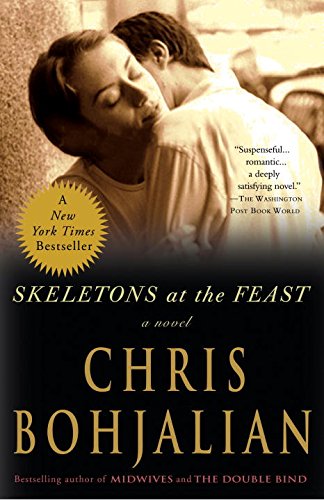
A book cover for Skeletons at the Feast: A Novel; Chris Bohjalian; Literature & Fiction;